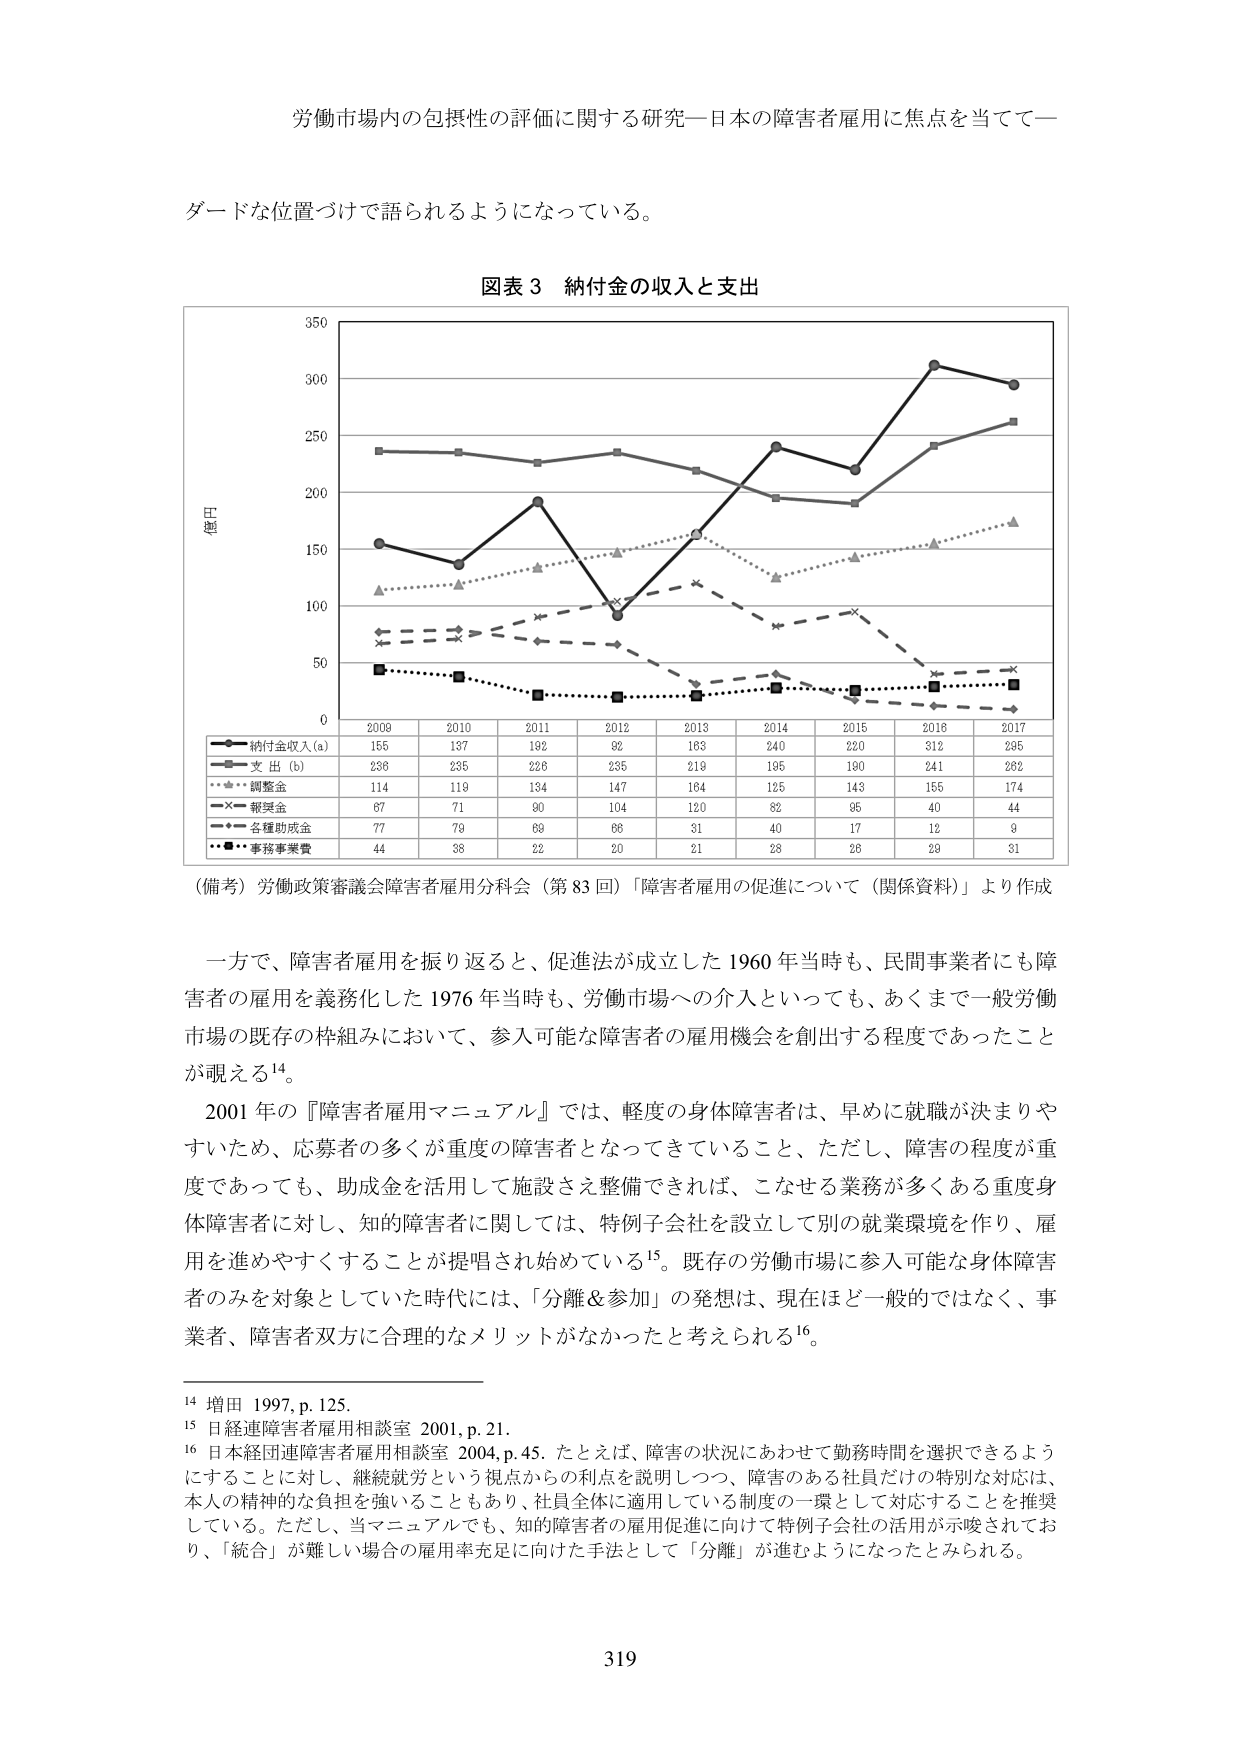
労働市場内の包摂性の評価に関する研究―日本の障害者雇用に焦点を当てて―

ダードな位置づけで語られるようになっている。

図表３ 納付金の収入と支出

（単位：億円）

2009 2010 2011 2012 2013 2014 2015 2016 2017
納付金収入(a) 155 137 192 92 183 240 220 312 295
支出(b) 236 235 226 235 219 195 190 241 262
調整金 114 119 134 147 164 125 143 155 174
報奨金 67 71 90 104 120 82 95 40 44
各種助成金 77 79 69 66 31 40 17 12 9
事務事業費 44 38 22 20 21 28 26 29 31

（備考）労働政策審議会障害者雇用分科会（第83回）「障害者雇用の促進について（関係資料）」より作成

一方で、障害者雇用を振り返ると、促進法が成立した1960年当時も、民間事業者にも障害者の雇用を義務化した1976年当時も、労働市場への介入といっても、あくまで一般労働市場の既存の枠組みにおいて、参入可能な障害者の雇用機会を創出する程度であったことが覗える14。

2001年の『障害者雇用マニュアル』では、軽度の身体障害者は、早めに就職が決まりやすいため、応募者の多くが重度の障害者となってきていること、ただし、障害の程度が重度であっても、助成金を活用して施設さえ整備できれば、こなせる業務が多くある重度身体障害者に対し、知的障害者に関しては、特例子会社を設立して別の就業環境を作り、雇用を進めやすくすることが提唱され始めている15。既存の労働市場に参入可能な身体障害者のみを対象としていた時代には、「分離＆参加」の発想は、現在ほど一般的ではなく、事業者、障害者双方に合理的なメリットがなかったと考えられる16。

14 増田 1997, p. 125.
15 日経連障害者雇用相談室 2001, p. 21.
16 日本経団連障害者雇用相談室 2004, p. 45. たとえば、障害の状況にあわせて勤務時間を選択できるようにすることに対し、継続就労という視点からの利点を説明しつつ、障害のある社員だけの特別な対応は、本人の精神的な負担を強めることもあり、社員全体に適用している制度の一環として対応することを推奨している。ただし、当マニュアルでも、知的障害者の雇用促進に向けて特例子会社の活用が示唆されており、「統合」が難しい場合の雇用率充足に向けた手法として「分離」が進むようになったとみられる。

319